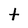
Character: t